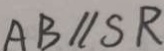
A B / / S R